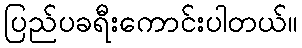
ပြည်ပခရီးကောင်းပါတယ်။